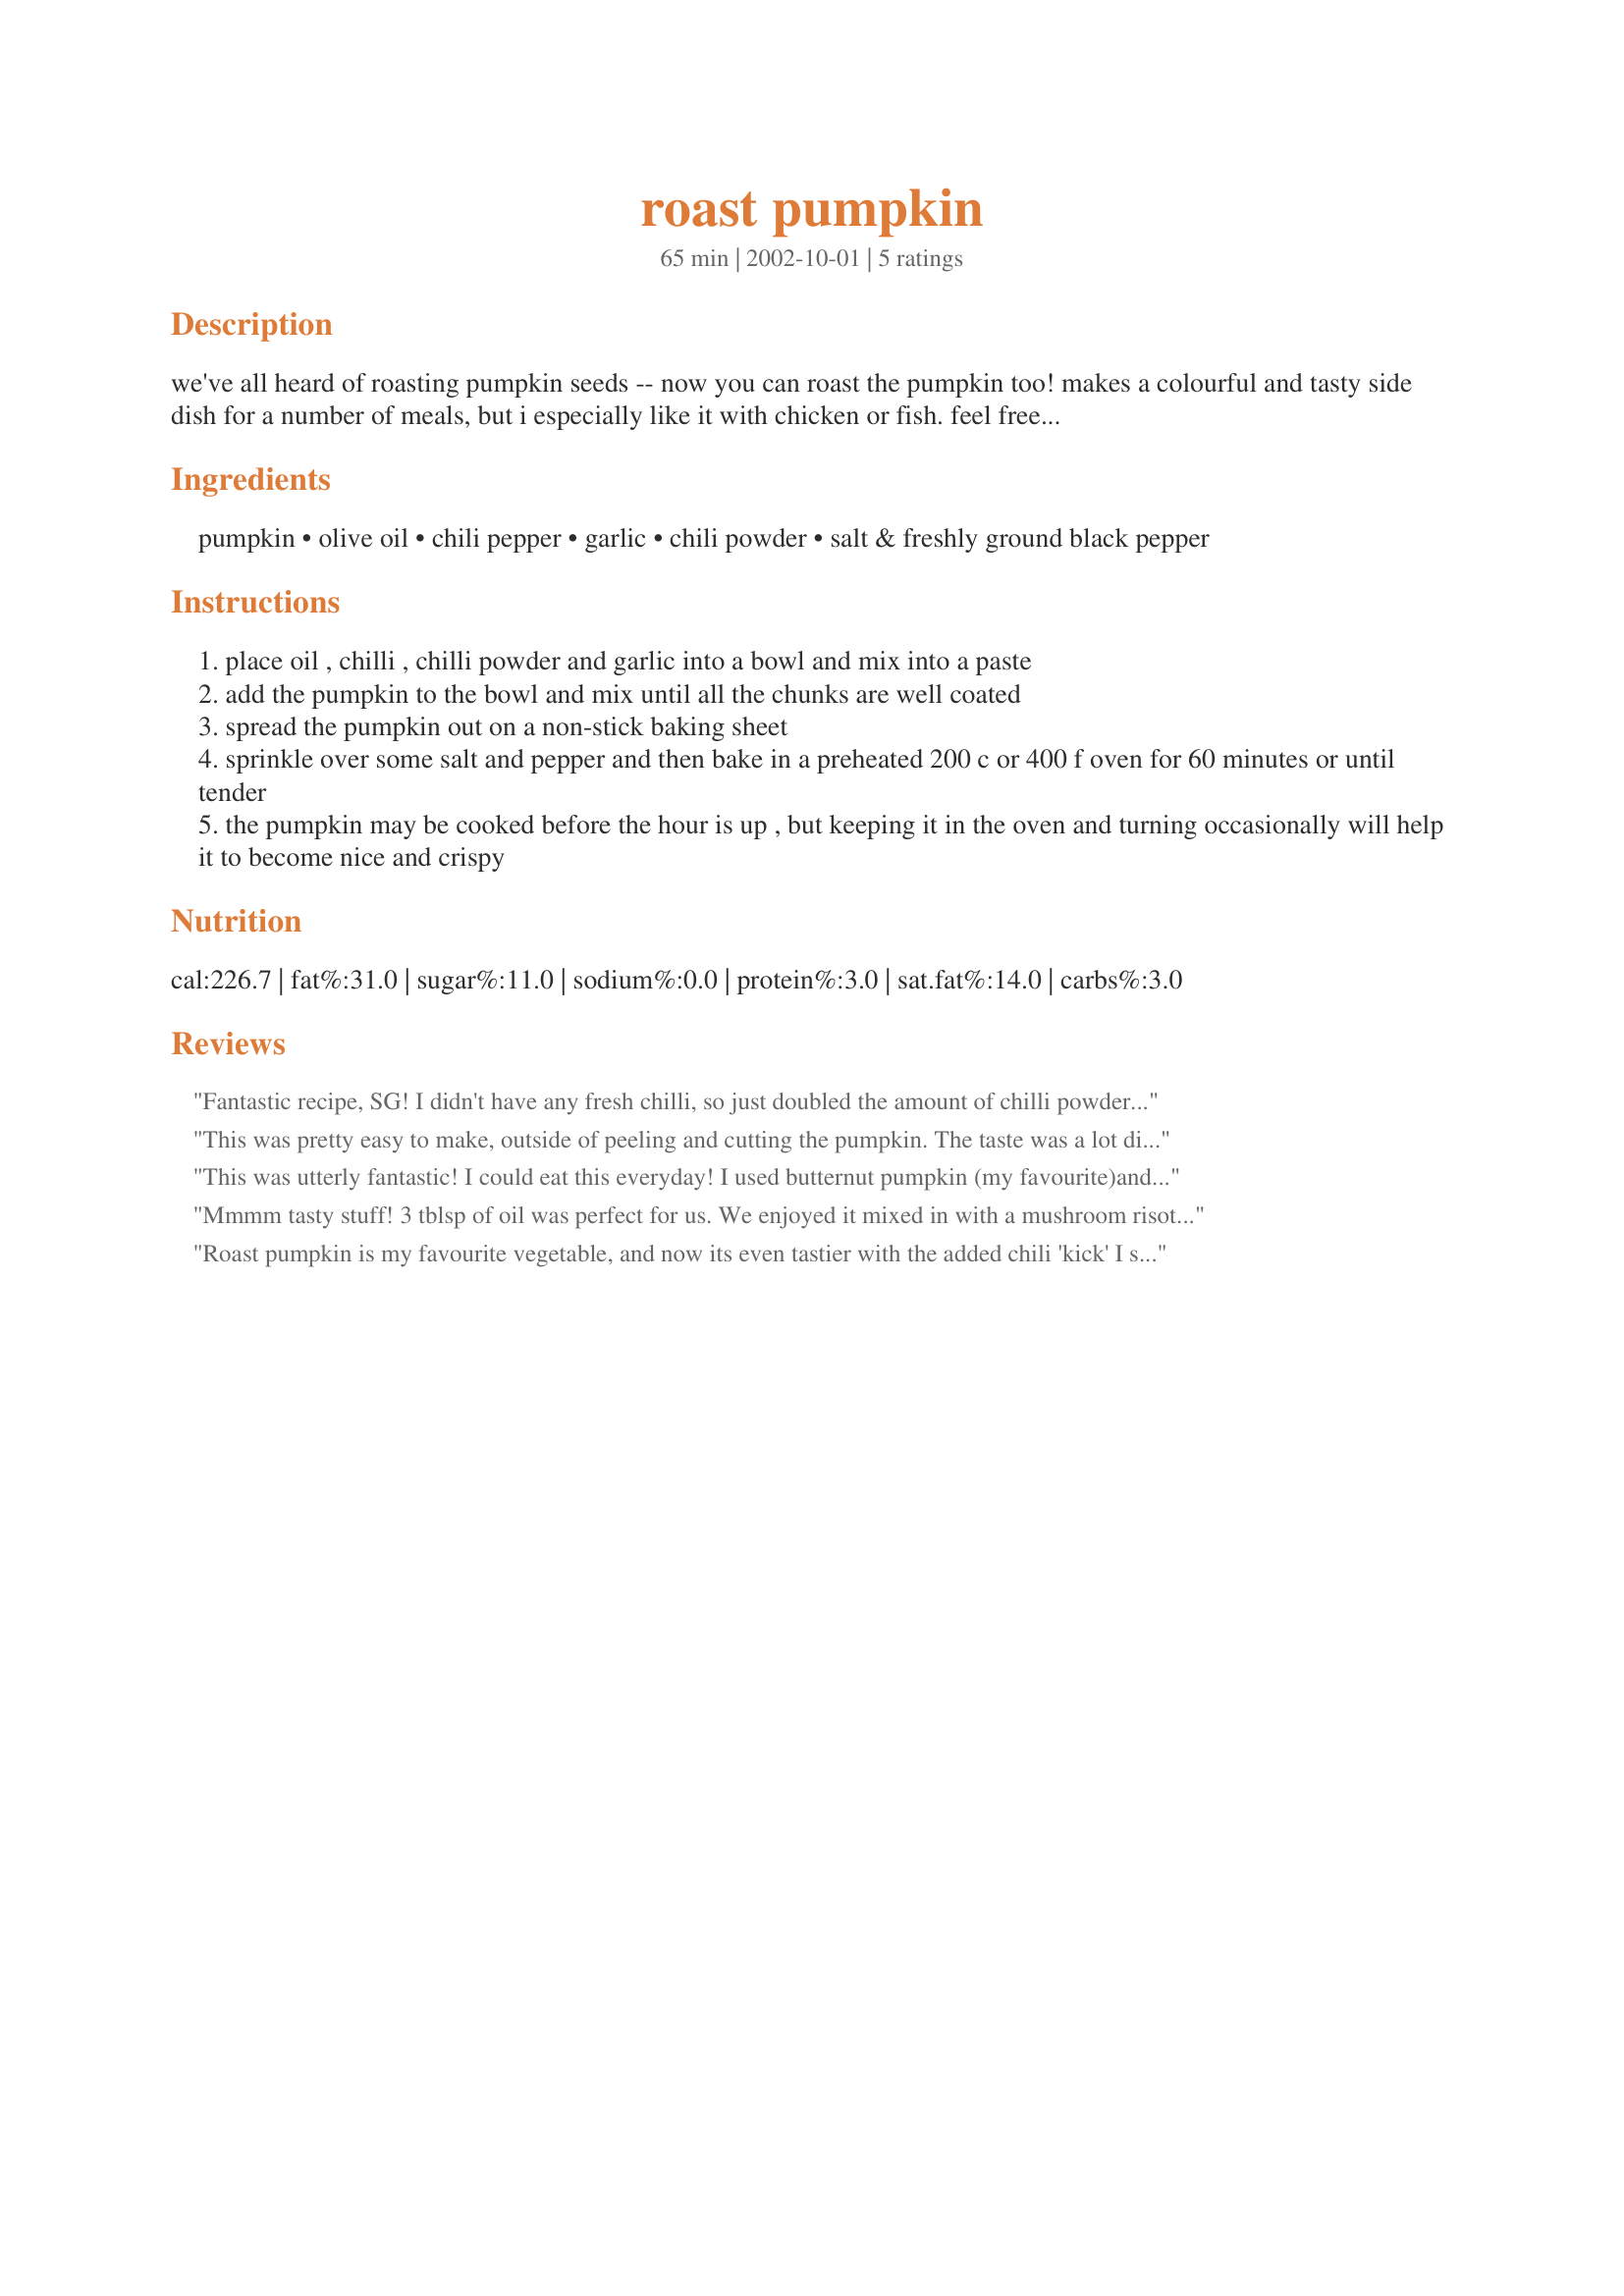
roast pumpkin
Preparation time: 65 minutes

we've all heard of roasting pumpkin seeds -- now you can roast the pumpkin too! makes a colourful and tasty side dish for a number of meals, but i especially like it with chicken or fish. feel free to try different spices or just use salt and pepper for a more simple but equally good version.

Ingredients:
pumpkin, olive oil, chili pepper, garlic, chili powder, salt & freshly ground black pepper

Steps:
place oil , chilli , chilli powder and garlic into a bowl and mix into a paste
add the pumpkin to the bowl and mix until all the chunks are well coated
spread the pumpkin out on a non-stick baking sheet
sprinkle over some salt and pepper and then bake in a preheated 200 c or 400 f oven for 60 minutes or until tender
the pumpkin may be cooked before the hour is up , but keeping it in the oven and turning occasionally will help it to become nice and crispy

Reviews:
Fantastic recipe, SG! I didn't have any fresh chilli, so just doubled the amount of chilli powder. And I love the taste of garlic in the pumpkin. Thanks!
This was pretty easy to make, outside of peeling and cutting the pumpkin. The taste was a lot different than I thought it would be--very hot--but I substituted the chile with a jalapeno, since that's all I had on hand. Very good! I will likely make this recipe again.
This was utterly fantastic! I could eat this everyday! I used butternut pumpkin (my favourite)and dried crushed chilli instead of fresh. I cut the oil down to 1 tablespoon and the recipe didn't suffer at all. Even my husband who is not too fond of spicy foods or pumpkin ate it all. I served this with chicken but I think it would go with anything, or even just on it's own. Really great, thanks!
Mmmm tasty stuff! 3 tblsp of oil was perfect for us. We enjoyed it mixed in with a mushroom risotto I&#039;d made, then the next day I mixed it with fresh baby spinach, feta, chopped mushies and spring onion to enjoy my own salad for lunch.&lt;br/&gt;We&#039;ll be revisiting this lip smackin&#039; recipe very soon :)&lt;br/&gt;Thanks for sharing..
Roast pumpkin is my favourite vegetable, and now its even tastier with the added chili 'kick'
I served it with Oven Roast Beef, roasted potatoes and baby peas.
A definite keeper.
